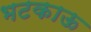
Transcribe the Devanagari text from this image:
भटकाऊ